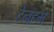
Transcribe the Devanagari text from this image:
टेनहम